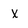
Character: x